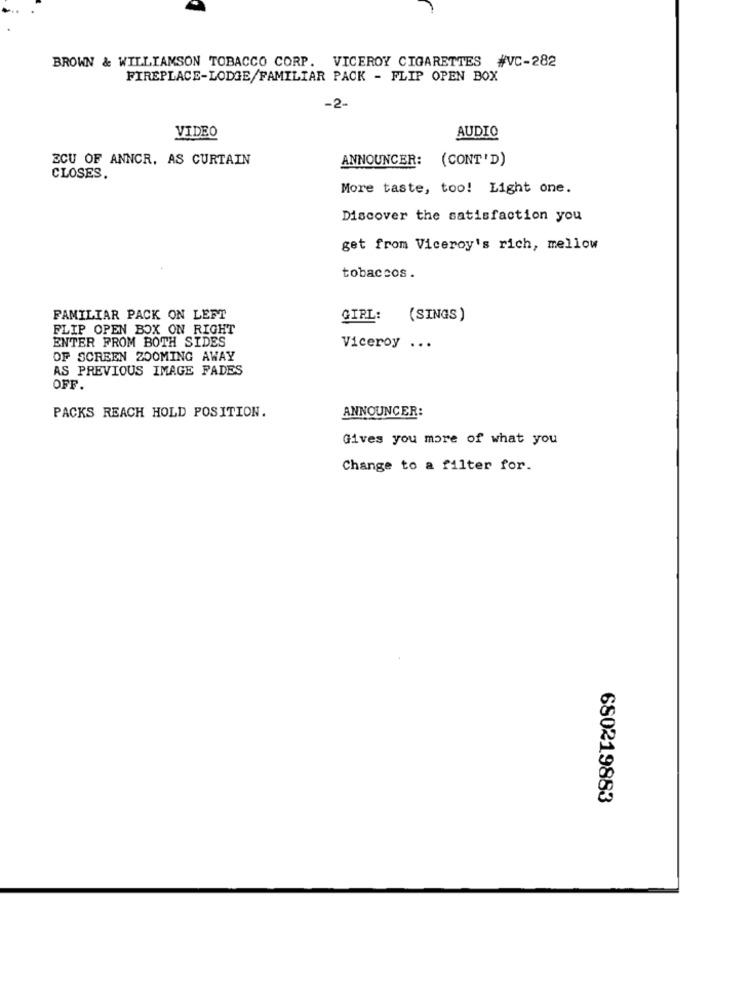
BROWN & WILLIAMSON TOBACCO CORP. VICEROY CIGARETTES #VC-282
FIREPLACE-LODGE/FAMILIAR PACK - FLIP OPEN BOX
-2-
VIDEO
AUDIO
ZCU OF ANNCR. AS CURTAIN
ANNOUNCER:
(CONT'D)
CLOSES.
More taste, too! Light one.
Discover the satisfaction you
get from Viceroy's rich, mellow
tobaccos.
FAMILIAR PACK ON LEFT
GIRL:
(SINGS)
FLIP OPEN BOX ON RIGHT
ENTER FROM BOTH SIDES
Viceroy ...
OF SCREEN ZOOMING AWAY
AS PREVIOUS IMAGE FADES
OFF.
ANNOUNCER:
PACKS REACH HOLD POSITION.
Gives you more of what you
Change to a filter for.
680219883